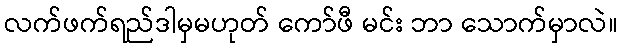
လက်ဖက်ရည်ဒါမှမဟုတ် ကော်ဖီ မင်း ဘာ သောက်မှာလဲ။